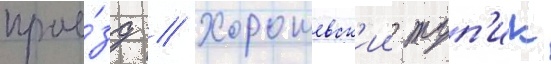
прое́зд // Хорошевск'ии туп'ик